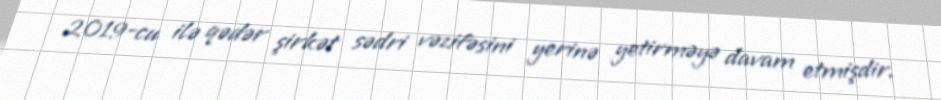
2019-cu ilə qədər şirkət sədri vəzifəsini yerinə yetirməyə davam etmişdir.